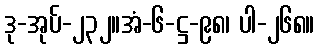
ဒု-အုပ်-၂၃၂။အံ-၆-ဋ္ဌ-၉၈၊ ပါ-၂၆၈။